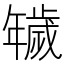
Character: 𢆫